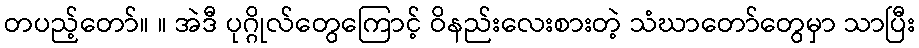
တပည့်တော်။ ။ အဲဒီ ပုဂ္ဂိုလ်တွေကြောင့် ဝိနည်းလေးစားတဲ့ သံဃာတော်တွေမှာ သာပြီး